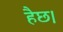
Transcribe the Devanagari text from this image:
हैछ।